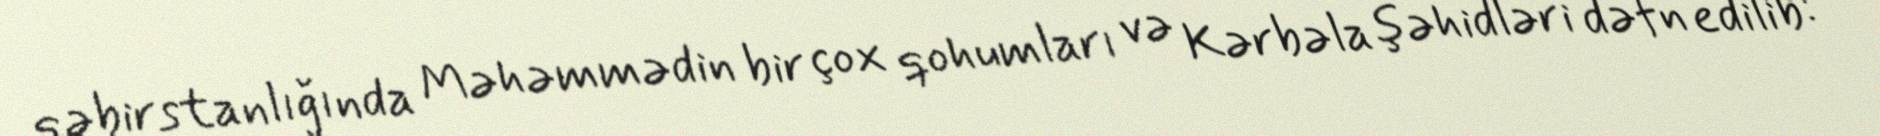
qəbirstanlığında Məhəmmədin bir çox qohumları və Kərbəla şəhidləri dəfn edilib: